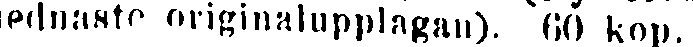
ednaste originalupplagan). 60 kop.